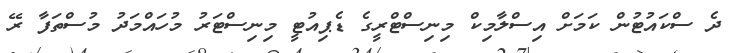
ދެ ސްކައުޓުން ކަމަށް އިސްލާމިކް މިނިސްޓްރީގެ ޑެޕިއުޓީ މިނިސްޓަރު މުހައްމަދު މުސްތަފާ ރޭ